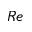
R e